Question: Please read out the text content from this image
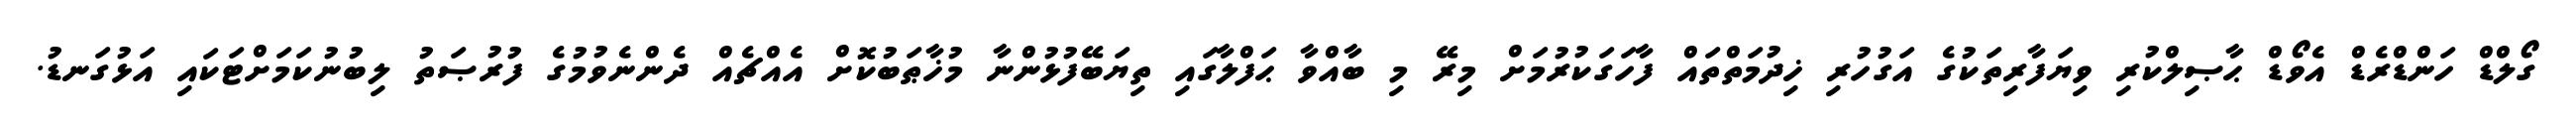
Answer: ގޯލްޑް ހަންޑްރެޑް އެވޯޑް ޙާޞިލްކުރި ވިޔަފާރިތަކުގެ އަގުހުރި ޚިދުމަތްތައް ފާހަގަކުރުމަށް މިރޭ މި ބާއްވާ ޙަފްލާގައި ތިޔަބޭފުޅުންނާ މުޚާޠަބުކޮށް އެއްޗެއް ދެންނެވުމުގެ ފުރުޞަތު ލިބުނުކަމަށްޓަކައި އަޅުގަނޑު.